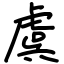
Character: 虞